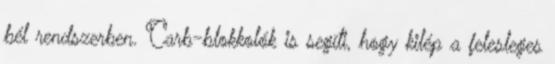
bél rendszerben. Carb-blokkolók is segíti, hogy kilép a felesleges